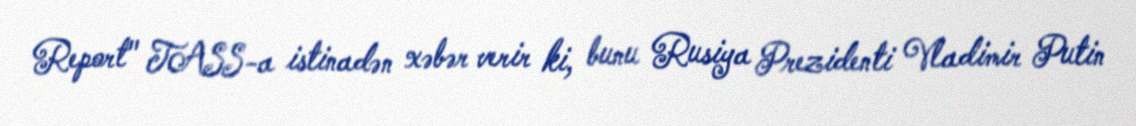
Report" TASS-a istinadən xəbər verir ki, bunu Rusiya Prezidenti Vladimir Putin